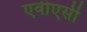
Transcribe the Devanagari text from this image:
एवीएसी